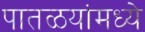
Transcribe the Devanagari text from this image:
पातळयांमध्ये